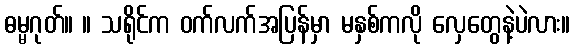
ဓမ္မဂုတ်။ ။ သရိုင်က ဝက်လက်အပြန်မှာ မနှစ်ကလို လှေတွေနဲ့ပဲလား။